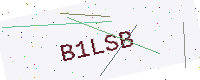
Text: B1LSB